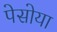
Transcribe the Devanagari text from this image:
पेसोया